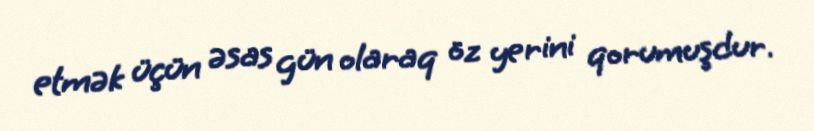
etmək üçün əsas gün olaraq öz yerini qorumuşdur.